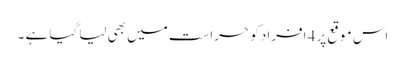
اس موقع پر 4 افراد کو حراست میں بھی لیا گیا ہے ۔